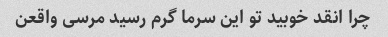
چرا انقد خوبید تو این سرما گرم رسید مرسی واقعن